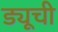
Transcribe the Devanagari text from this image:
ड्यूची